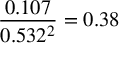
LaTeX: { \frac { 0 . 1 0 7 } { 0 . 5 3 2 ^ { 2 } } } = 0 . 3 8